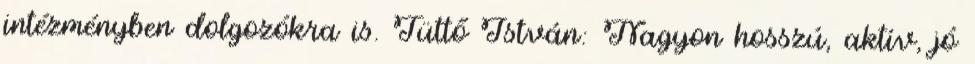
intézményben dolgozókra is. Tüttő István: Nagyon hosszú, aktív, jó